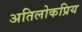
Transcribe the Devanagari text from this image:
अतिलोकप्रिय